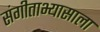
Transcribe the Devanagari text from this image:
संगीताभ्यासाला